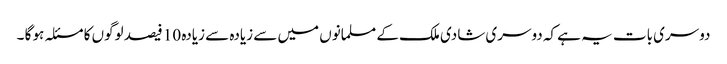
دوسری بات یہ ہے کہ دوسری شادی ملک کے مسلمانوں میں سے زیادہ سے زیادہ 10 فیصد لوگوں کا مسئلہ ہو گا ۔